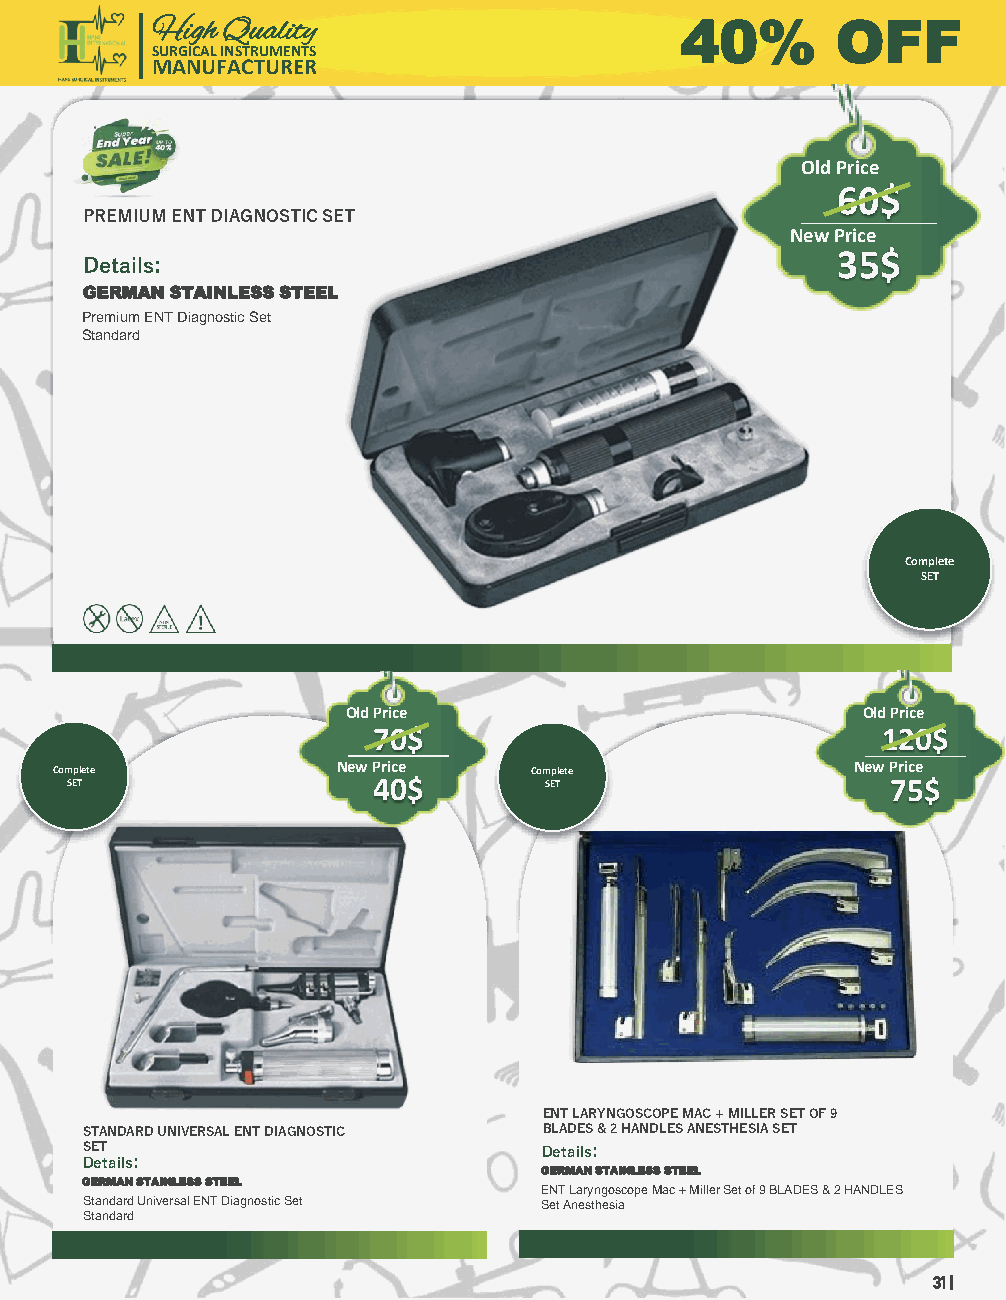
High Quality                       40%       OFF
 SURGICAL INSTRUMENTS
 MANUFACTURER
 Old Price
 60$
 PREMIUM ENT DIAGNOSTIC SET
 New Price
 Details:                                          35$
 GERMAN STAINLESS STEEL
 Premium ENT Diagnostic Set
 Standard
 Complete
 SET
 Old Price                         Old Price
 70$                              120$
 Complete          New Price    Complete              New Price
 SET                  40$        SET                    75$
 ENT LARYNGOSCOPE MAC + MILLER SET OF 9
 STANDARD UNIVERSAL ENT DIAGNOSTIC BLADES & 2 HANDLES ANESTHESIA SET
 SET                            Details:
 Details:
 GERMAN STAINLESS STEEL
 GERMAN STAINLESS STEEL
 ENT Laryngoscope Mac + Miller Set of 9 BLADES & 2 HANDLES
 Standard Universal ENT Diagnostic Set Set Anesthesia
 Standard
 31 |